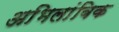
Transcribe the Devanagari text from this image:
अभिलांबिक